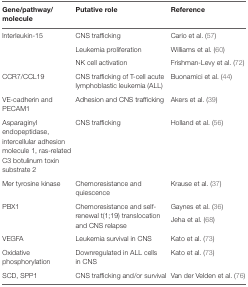
<table><thead><tr><td><b>Gene/pathway/molecule</b></td><td><b>Putative role</b></td><td><b>Reference</b></td></tr></thead><tbody><tr><td rowspan="3">lnterleukin-15</td><td>CNS trafficking</td><td>Cario et al. (57)</td></tr><tr><td>Leukemia proliferation</td><td>Williams et al. (60)</td></tr><tr><td>NK cell activation</td><td>Frishman-Levy et al. (72)</td></tr><tr><td>CCR7/CCL19</td><td>CNS trafficking of T-cell acute lymphoblastic leukemia (ALL)</td><td>Buonamici et al. (44)</td></tr><tr><td>VE-cadherin and PECAM1</td><td>Adhesion and CNS trafficking</td><td>Akers et al. (39)</td></tr><tr><td>Asparaginyl endopeptidase, intercellular adhesion molecule 1, ras-related C3 botulinum toxin substrate 2</td><td>CNS trafficking</td><td>Holland et al. (56)</td></tr><tr><td>Mer tyrosine kinase</td><td>Chemoresistance and quiescence</td><td>Krause et al. (37)</td></tr><tr><td rowspan="2">PBX1</td><td rowspan="2">Chemoresistance and self-renewal t(1;19) translocation and CNS relapse</td><td>Gaynes et al. (36)</td></tr><tr><td>Jeha et al. (68)</td></tr><tr><td>VEGFA</td><td>Leukemia survival in CNS</td><td>Kato et al. (73)</td></tr><tr><td>Oxidative phosphorylation</td><td>Downregulated in ALL cells in CNS</td><td>Kato et al. (73)</td></tr><tr><td>SCD, SPP1</td><td>CNS trafficking and/or survival</td><td>Van der Velden et al. (76)</td></tr></tbody></table>